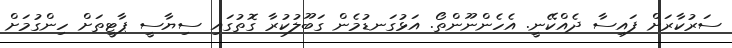
ސަރުކާރަށް ފައިސާ ދެއްކޭނީ. އެހެންނޫންތޯ. އަޅުގަނޑުމެން ގަބޫލުކުރާ ގޮތުގައި ސިޔާސީ ޕާޓީތަށް ހިންގުމަށް